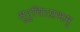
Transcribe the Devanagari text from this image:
सुरुचिरप्रभम्